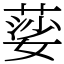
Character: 䓾